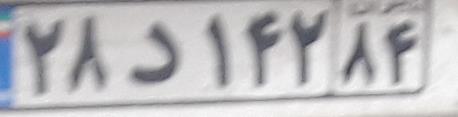
۲۸د۱۴۲۸۴